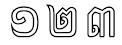
១២៣